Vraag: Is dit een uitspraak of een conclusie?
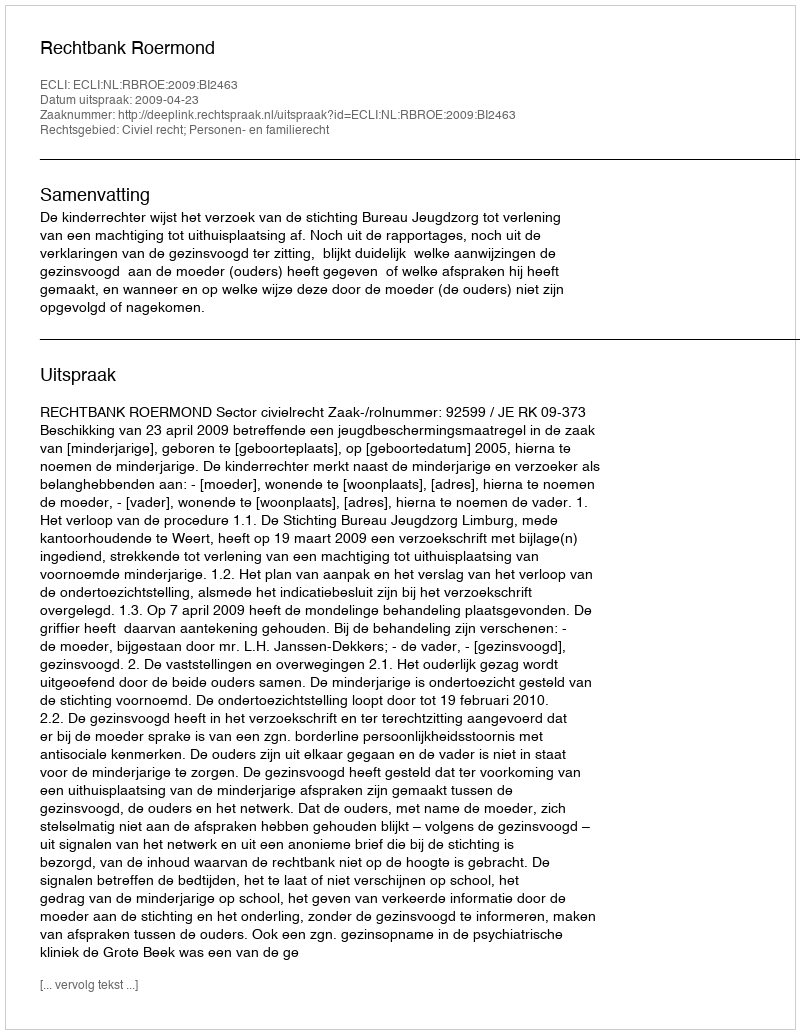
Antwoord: Uitspraak